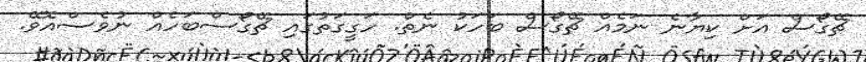
ޗޭގޯސް އަށް ކިޔާނެ ނަމެއް ޗޭގޯސް ބަހަކު ނެތް. ހަގީގަތުގައި ޗޭގޯސްބަހެއް ނުވެސްއޮވޭ.